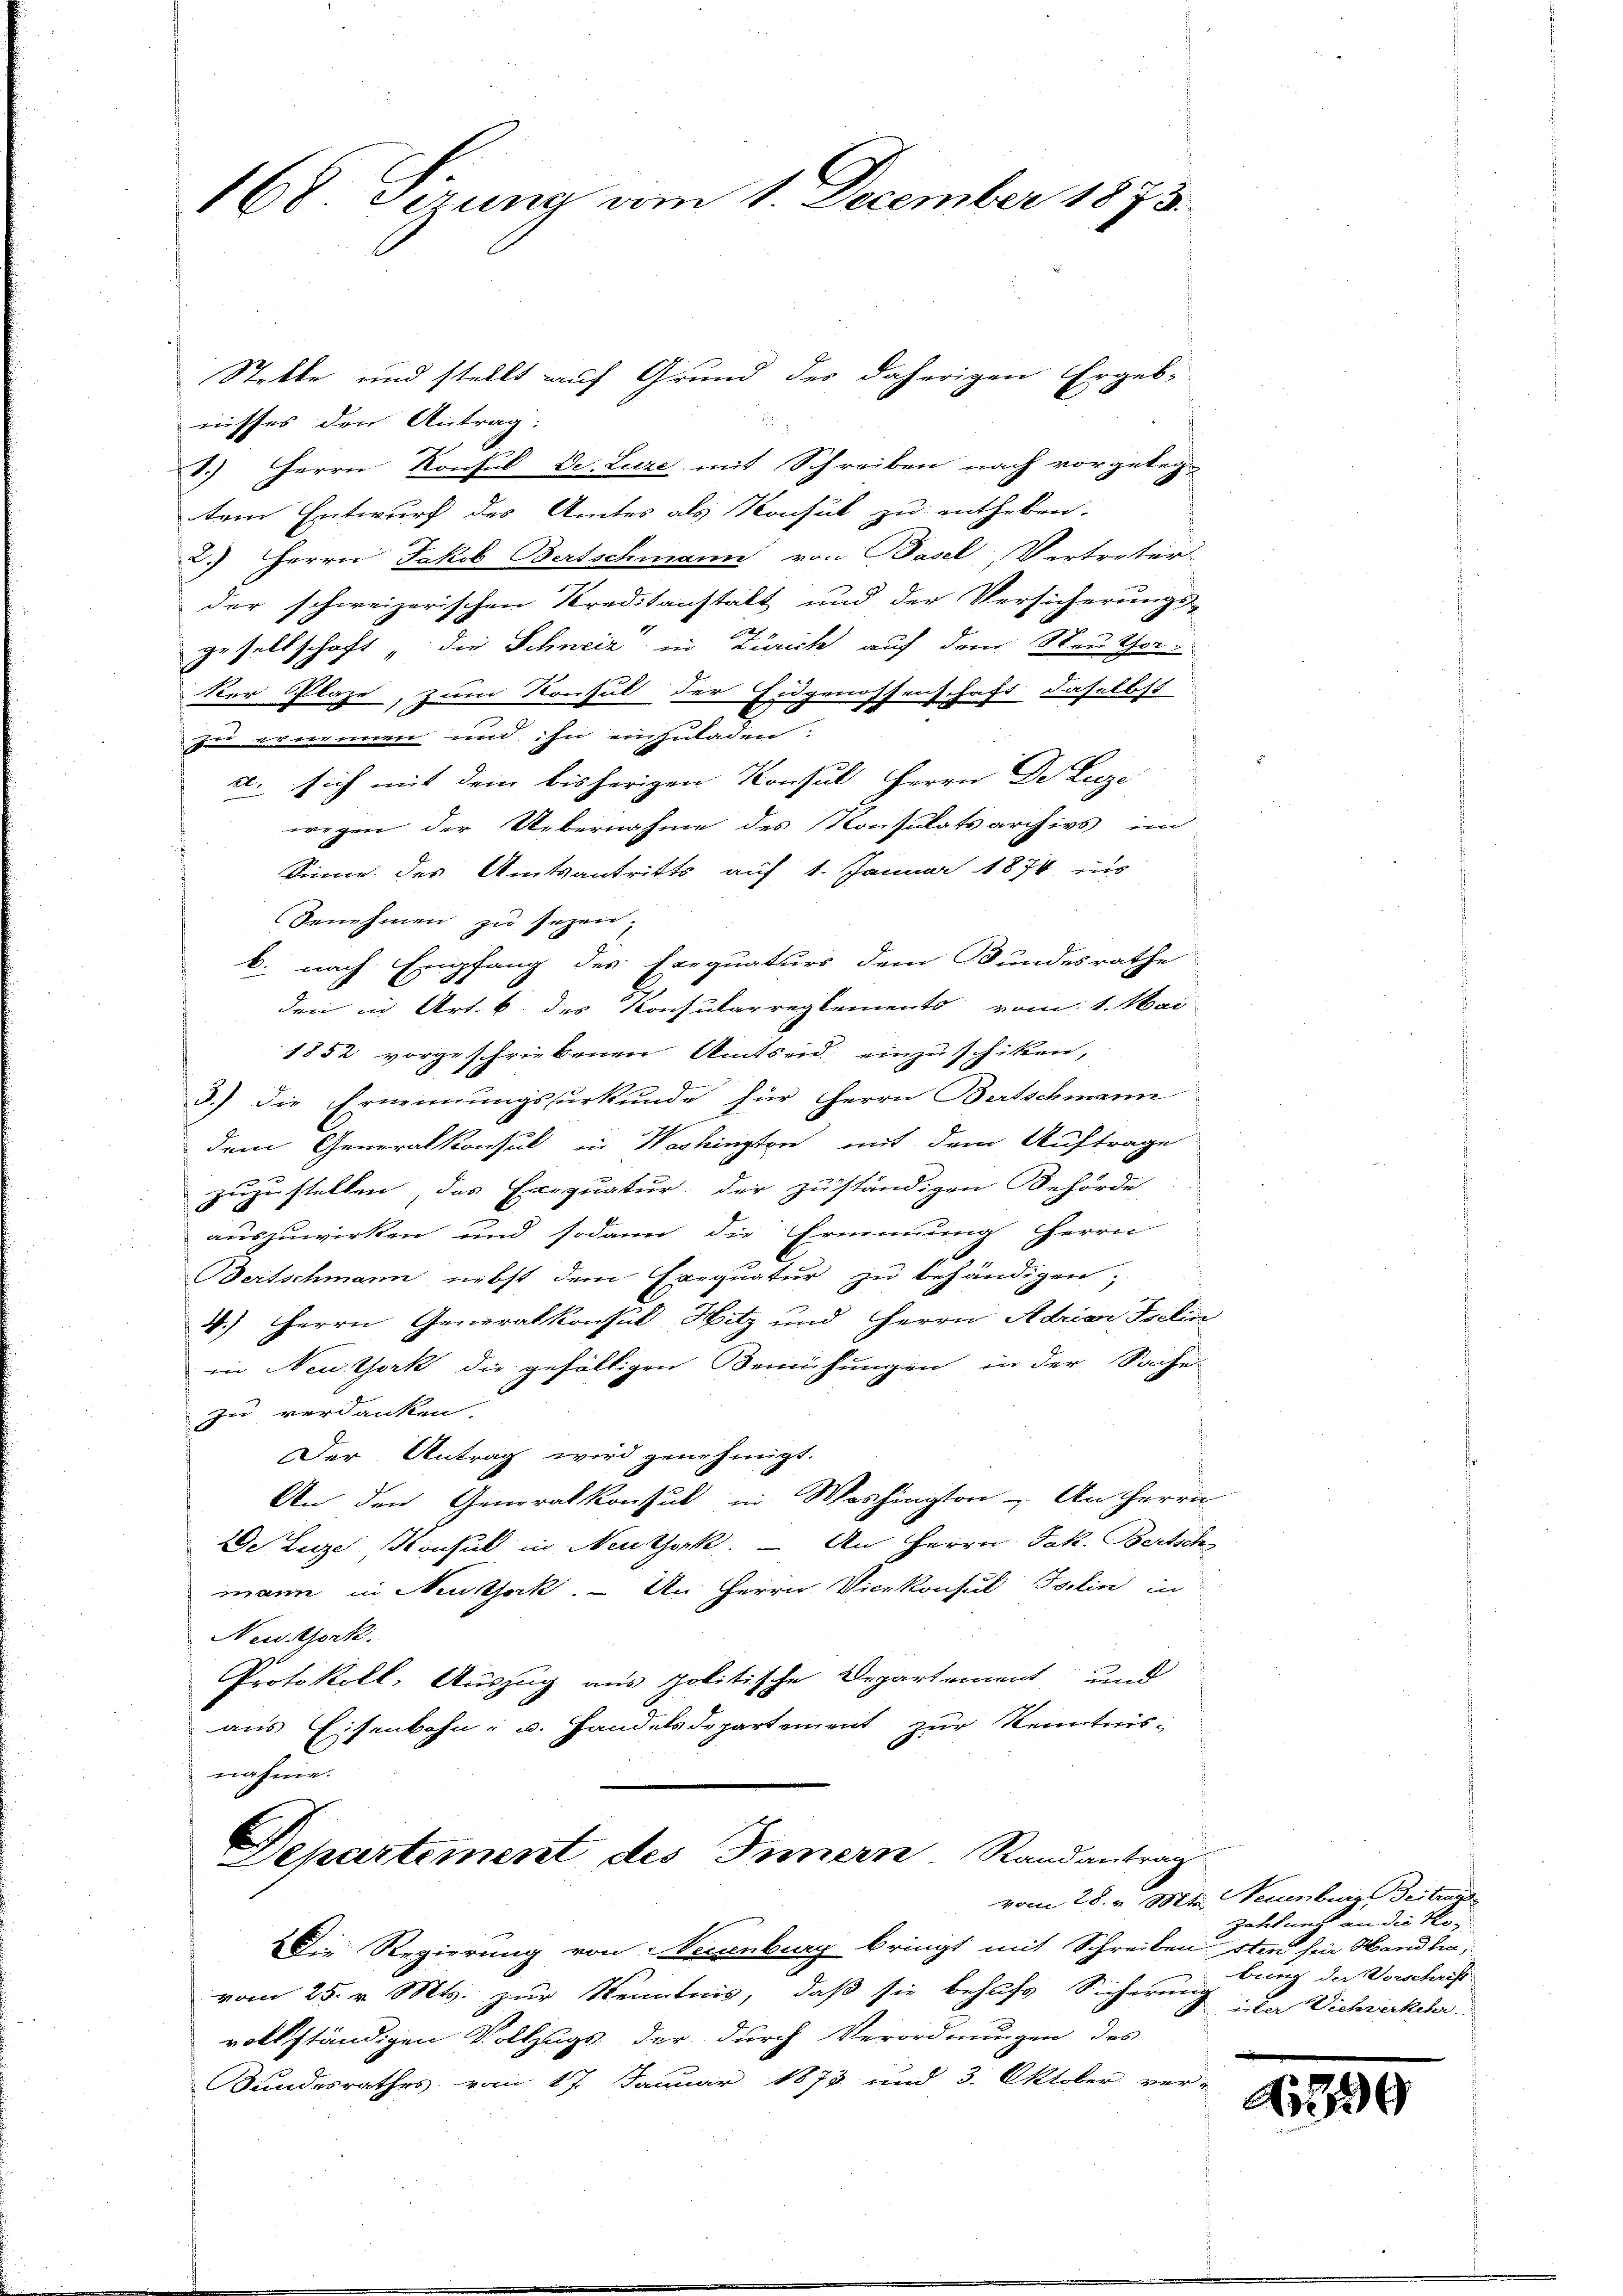
168. Gerung vom 1. December 1873.

Stekte und stellt auf Grund des daherigen Ergeb-
.
nisses den Antrag:
.) Herrn Konsul Dr. Luze mit Schreiben nach vorgeteg-
tem Entwurf des Amtes als Konsul zu entheben.
2.) Herrn Jakob Bertschmann von Basel, Vertreter
der schweizerischen Kreditanstalt und der Versicherungs-
gesellschaft „die Schweiz in Zürich auf dem Neuthor¬
Der Plaze, zum Konsul der Eidgenossenschaft, daselbst
zu ernennen und ihn einzuladen.
a. sich mit dem bisherigen Konsul Herrn De Luze
wegen der Uebernahme des Konsulatsarchivs ind
Sinne des Amtsantritts auf 1. Januar 1874 ins
Benehmen zu sezen,
b. nach Empfang des Exequaturs dem Bundesrathe
den in Art. 6. des Konsularreglements vom 1. Mai
1852 vorgeschriebenen Amtseid einzuschiken,
3.) Die Ernennungsurkunde für Herrn Bertschmann
dem Generalkonsul in Washington mit dem Auftrage
zuzustellen, das Exequatur, der zuständigen Behörde
auszuwirken und sodann die Ernennung herrn
Bertschmann nebst dem Exequatur zu behändigen;
4.) Herrn Generalkonsul Hitz und Herrn Adrian Iselin
in Neuthork die gefälligen Bemühungen in der Sache
zu verdanken.
Der Antrag wird genehmigt.
An den Generalkonsul in Washington - An Herrn
De Luze, Konsul in Neuthork. — An Herrn Jak. Bertsch
mann in Nestock. — An Herrn Vicekonsul Tslin in
Newitzork.
Protokoll, Auszug aus politische Departement und
aus Eisenbahn- u. Handelsdepartement zur Kenntnisnahme.
Departement des Innern, Randantrag
vom 28. v. Mts. Neuenburg Beitraue
Die Regierung von Neuenburg bringt mit Schreiben sten für Wandten,
vom 25. v. Mts. zur Kenntnis, daß sie behufs Sicherung
vollständigen Vollzugs der durch Verordnungen des
Bundesrathes vom 17. Januar 1873 und 3. Oktober ver-

Zeltweg an die Ros
bung der Vorschrift
iiter Viehverkehr

399